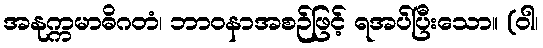
အနုက္ကမာဓိဂတံ၊ ဘာဝနာအစဉ်ဖြင့် ရအပ်ပြီးသော။ (ဝါ၊